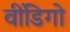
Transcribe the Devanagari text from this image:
वींडिगो